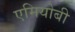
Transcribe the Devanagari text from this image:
एमियोबी